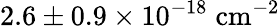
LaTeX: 2.6\pm 0.9\times 10^{-18}\; \mathrm{{cm^{-2}}}